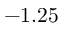
- 1 . 2 5